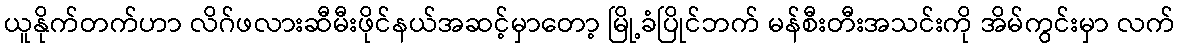
ယူနိုက်တက်ဟာ လိဂ်ဖလားဆီမီးဖိုင်နယ်အဆင့်မှာတော့ မြို့ခံပြိုင်ဘက် မန်စီးတီးအသင်းကို အိမ်ကွင်းမှာ လက်